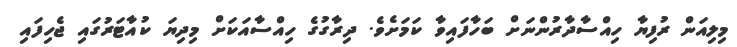
މިލިއަން ރުފިޔާ ހިއްސާދާރުންނަށް ބަހާފައިވާ ކަމަށެވެ. ދިރާގުގެ ހިއްސާއަކަށް މިިދިޔަ ކުއާޓަރުގައި ޖެހިފައި